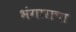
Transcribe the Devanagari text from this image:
भंगाराचा